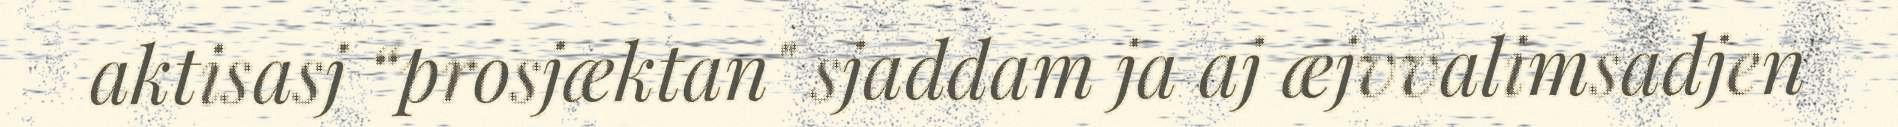
aktisasj “prosjæktan" sjaddam ja aj æjvvalimsadjen